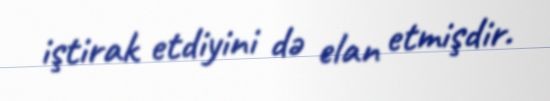
iştirak etdiyini də elan etmişdir.